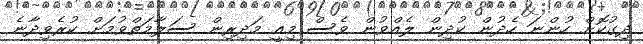
ދިގުކޮށް ހުންނަ ހެދުން ކުދިން ލެއްވުން ވެސް މިއީ މަދިރިން ސަލާމަތްވުމަށް ކުރެވިދާނެ